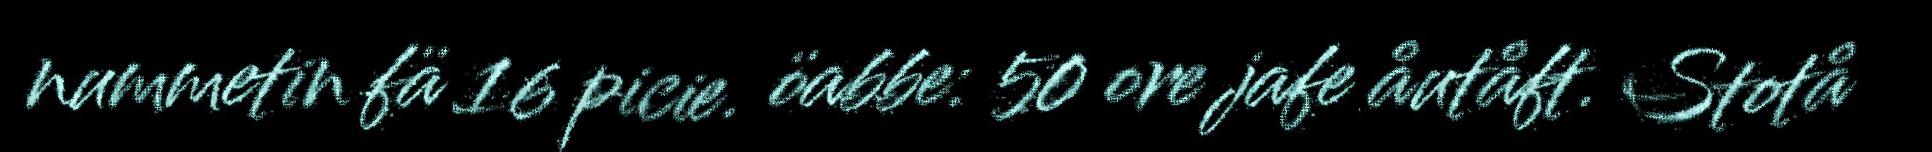
nummetin fä 16 picie. öabbe: 50 ore jafe åutåft. Stotå